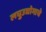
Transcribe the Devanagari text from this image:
लघुउद्योगाचे